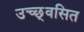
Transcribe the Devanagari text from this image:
उच्छ्‌वसित